Indian journal of veterinary science and animal husbandry - Volume 5,
Year: 1935
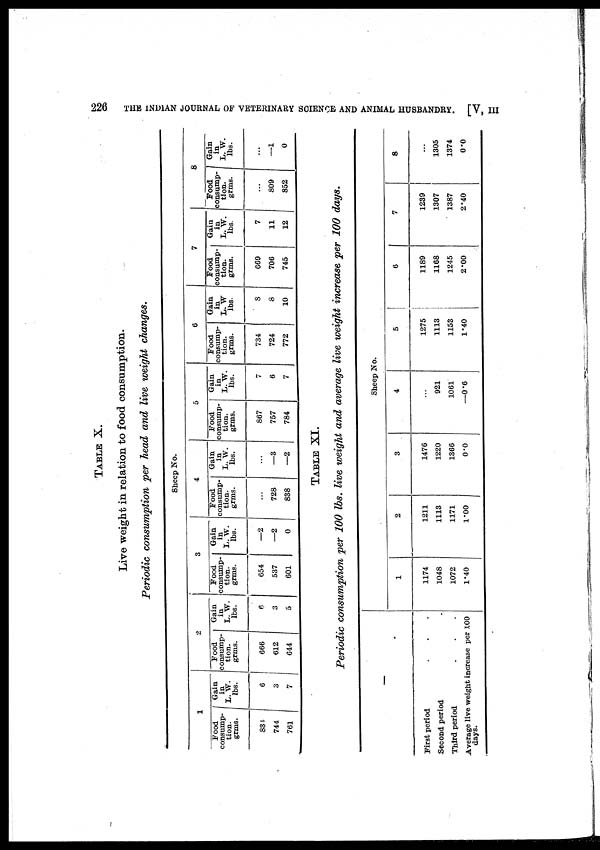
226
THE INDIAN JOURNAL OF VETERINARY SCIENCE AND ANIMAL HUSBANDRY. [V, III
TABLE X.
Live weight in relation to food consumption.
Periodic consumption per head and live weight changes.
Sheep No.
1
Food
consump-
tion.
grms.
834
744
761
Gain
in
L. W.
lbs.
6
3
7
2
Food
consump-
tion.
grms.
666
612
644
Gain
in
L. W.
lbs.
6
3
5
3
Food
consump-
tion.
grms.
654
537
601
Gain
in
L. W.
lbs.
—2
—2
0
4
Food
consump-
tion.
grms.
...
728
838
Gain
in
L. W.
lbs.
...
—3
—2
5
Food
consump-
tion.
grms.
867
757
784
Gain
in
L. W.
lbs.
7
6
7
6
Food
consump-
tion.
grms.
734
724
772
Gain
in
L. W
lbs.
8
8
10
7
Food
consump-
tion,
grms.
669
706
745
Gain
in
L. W.
lbs.
7
11
12
8
Food
consump-
tion.
grms.
...
809
852
| Gain
L. W.
lbs.
...
—1
0
TABLE XI.
Periodic consumption per 100 lbs. live weight and average live weight increase per 100 days.
—
First period
Second period
Third period
Average live weight increase per 100
days.
Sheep No.
1
1174
1048
1072
1.40
2
1211
1113
1171
1.00
3
1476
1220
1366
0.0
4
...
921
1061
—0.6
5
1275
1113
1153
1.40
6
1189
1168
1245
2.00
7
1239
1307
1387
2.40
8
...
1305
1374
0.0